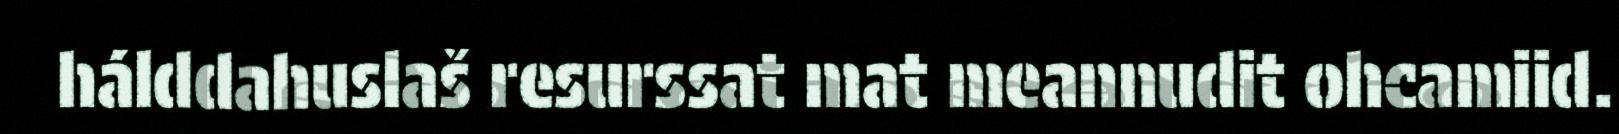
hálddahuslaš resurssat mat meannudit ohcamiid.